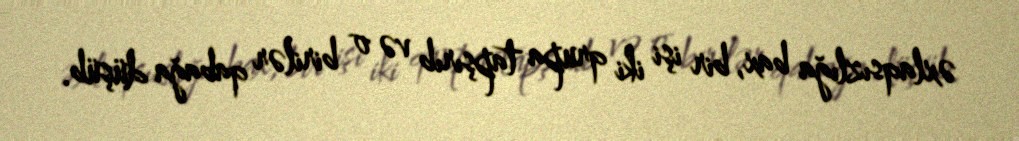
əxlaqsızlığa bax, bir işi iki qrupa tapşırıb və o birilər qabağa düşüb.